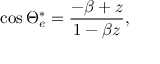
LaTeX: \cos { \Theta _ { e } ^ { \ast } } = \frac { - \beta + z } { 1 - \beta z } ,